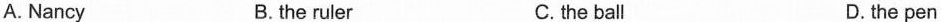
A. Nancy B. the ruler C.the ball D.the pen